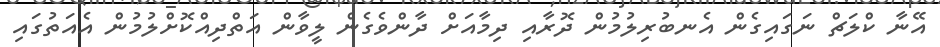
އޭނާ ކްލަޗް ނަގައިގެން އެނބުރިލުމުން ދޮރާއި ދިމާއަށް ދާންވެގެން ލީވާން އަތްދިއްކޮށްލުމުން އެއަތުގައި